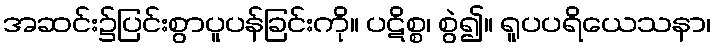
အဆင်း၌ပြင်းစွာပူပန်ခြင်းကို။ ပဋိစ္စ၊ စွဲ၍။ ရူပပရိယေသနာ၊